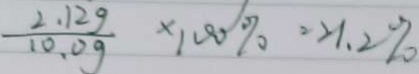
\frac { 2 . 1 2 g } { 1 0 . 0 g } \times 1 0 0 \% = 2 1 . 2 \%